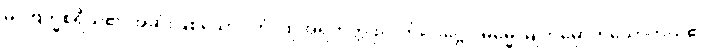
မဂ္ဂဗြဟ္မစရိယ၏ အဆုံးဖြစ်သော။ တံ၊ ထိုအရဟတ္တဖိုလ်ကို။ ဒိဋ္ဌေဝ ဓမ္မေ၊ မျက်မှောက်သောကိုယ်၏